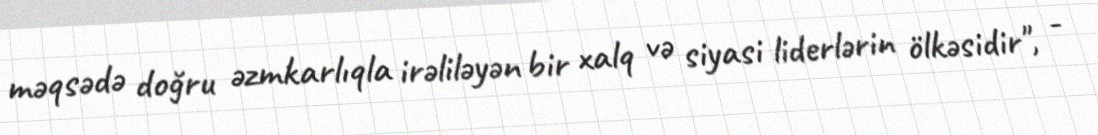
məqsədə doğru əzmkarlıqla irəliləyən bir xalq və siyasi liderlərin ölkəsidir", -